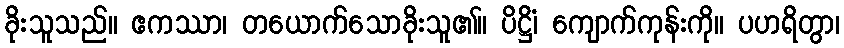
ခိုးသူသည်။ ဧကဿာ၊ တယောက်သောခိုးသူ၏။ ပိဋ္ဌိံ၊ ကျောက်ကုန်းကို။ ပဟရိတွာ၊